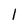
Character: 1